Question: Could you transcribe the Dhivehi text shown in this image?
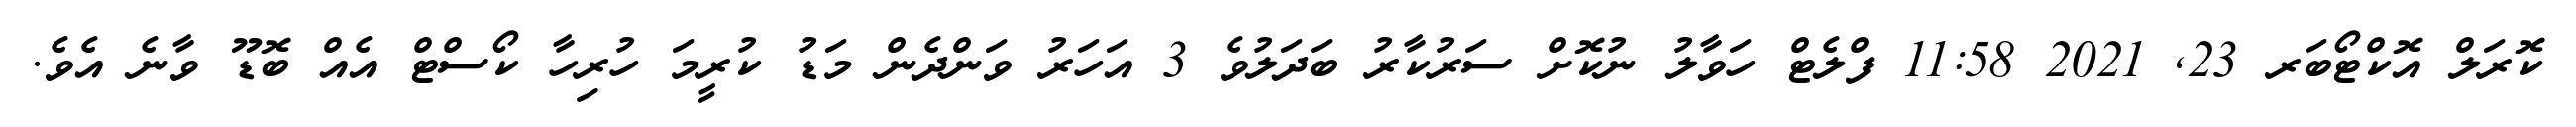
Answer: ކޮރަލް އޮކްޓޯބަރ 23, 2021 11:58 ފްލެޓް ހަވާލު ނުކޮށް ސަރުކާރު ބަދަލުވެ 3 އަހަރު ވަންދެން މަޑު ކުރީމަ ހުރިހާ ކޯސްޓް އެއް ބޮޑޫ ވާނެ އެވެ.